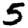
Digit: 5